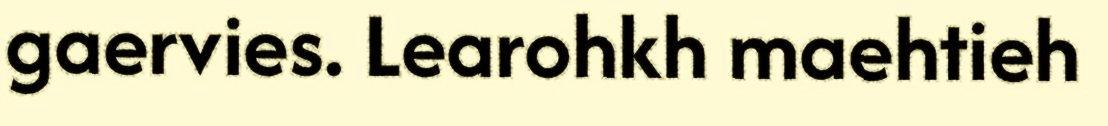
gaervies. Learohkh maehtieh